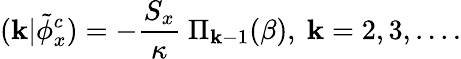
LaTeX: (\mathbf{k}|\tilde{{\phi}}_{x}^{c})=-{\frac{{S_{x}}}{{\kappa}}}\ \Pi_{\mathbf{k}-1}(\beta),\ \mathbf{k}=2,3,....